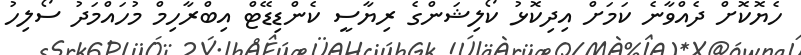
ހެޔޮކޮށް ދެއްވާނެ ކަމަށް އިދިކޮޅު ކޯލިޝަންގެ ރިޔާސީ ކެންޑިޑޭޓް އިބްރާހިމް މުހައްމަދު ސޯލިހު